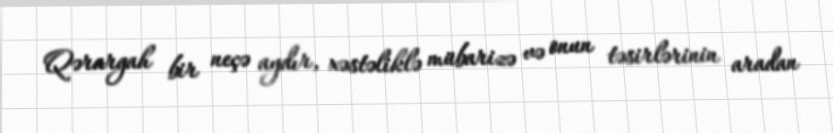
Qərargah bir neçə aydır, xəstəliklə mübarizə və onun təsirlərinin aradan